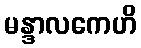
မန္ဒာလကေဟိ